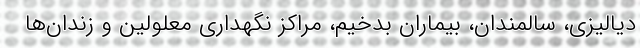
دیالیزی، سالمندان، بیماران بدخیم، مراکز نگهداری معلولین و زندان‌ها